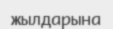
жылдарына